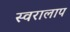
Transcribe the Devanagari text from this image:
स्वरालाप